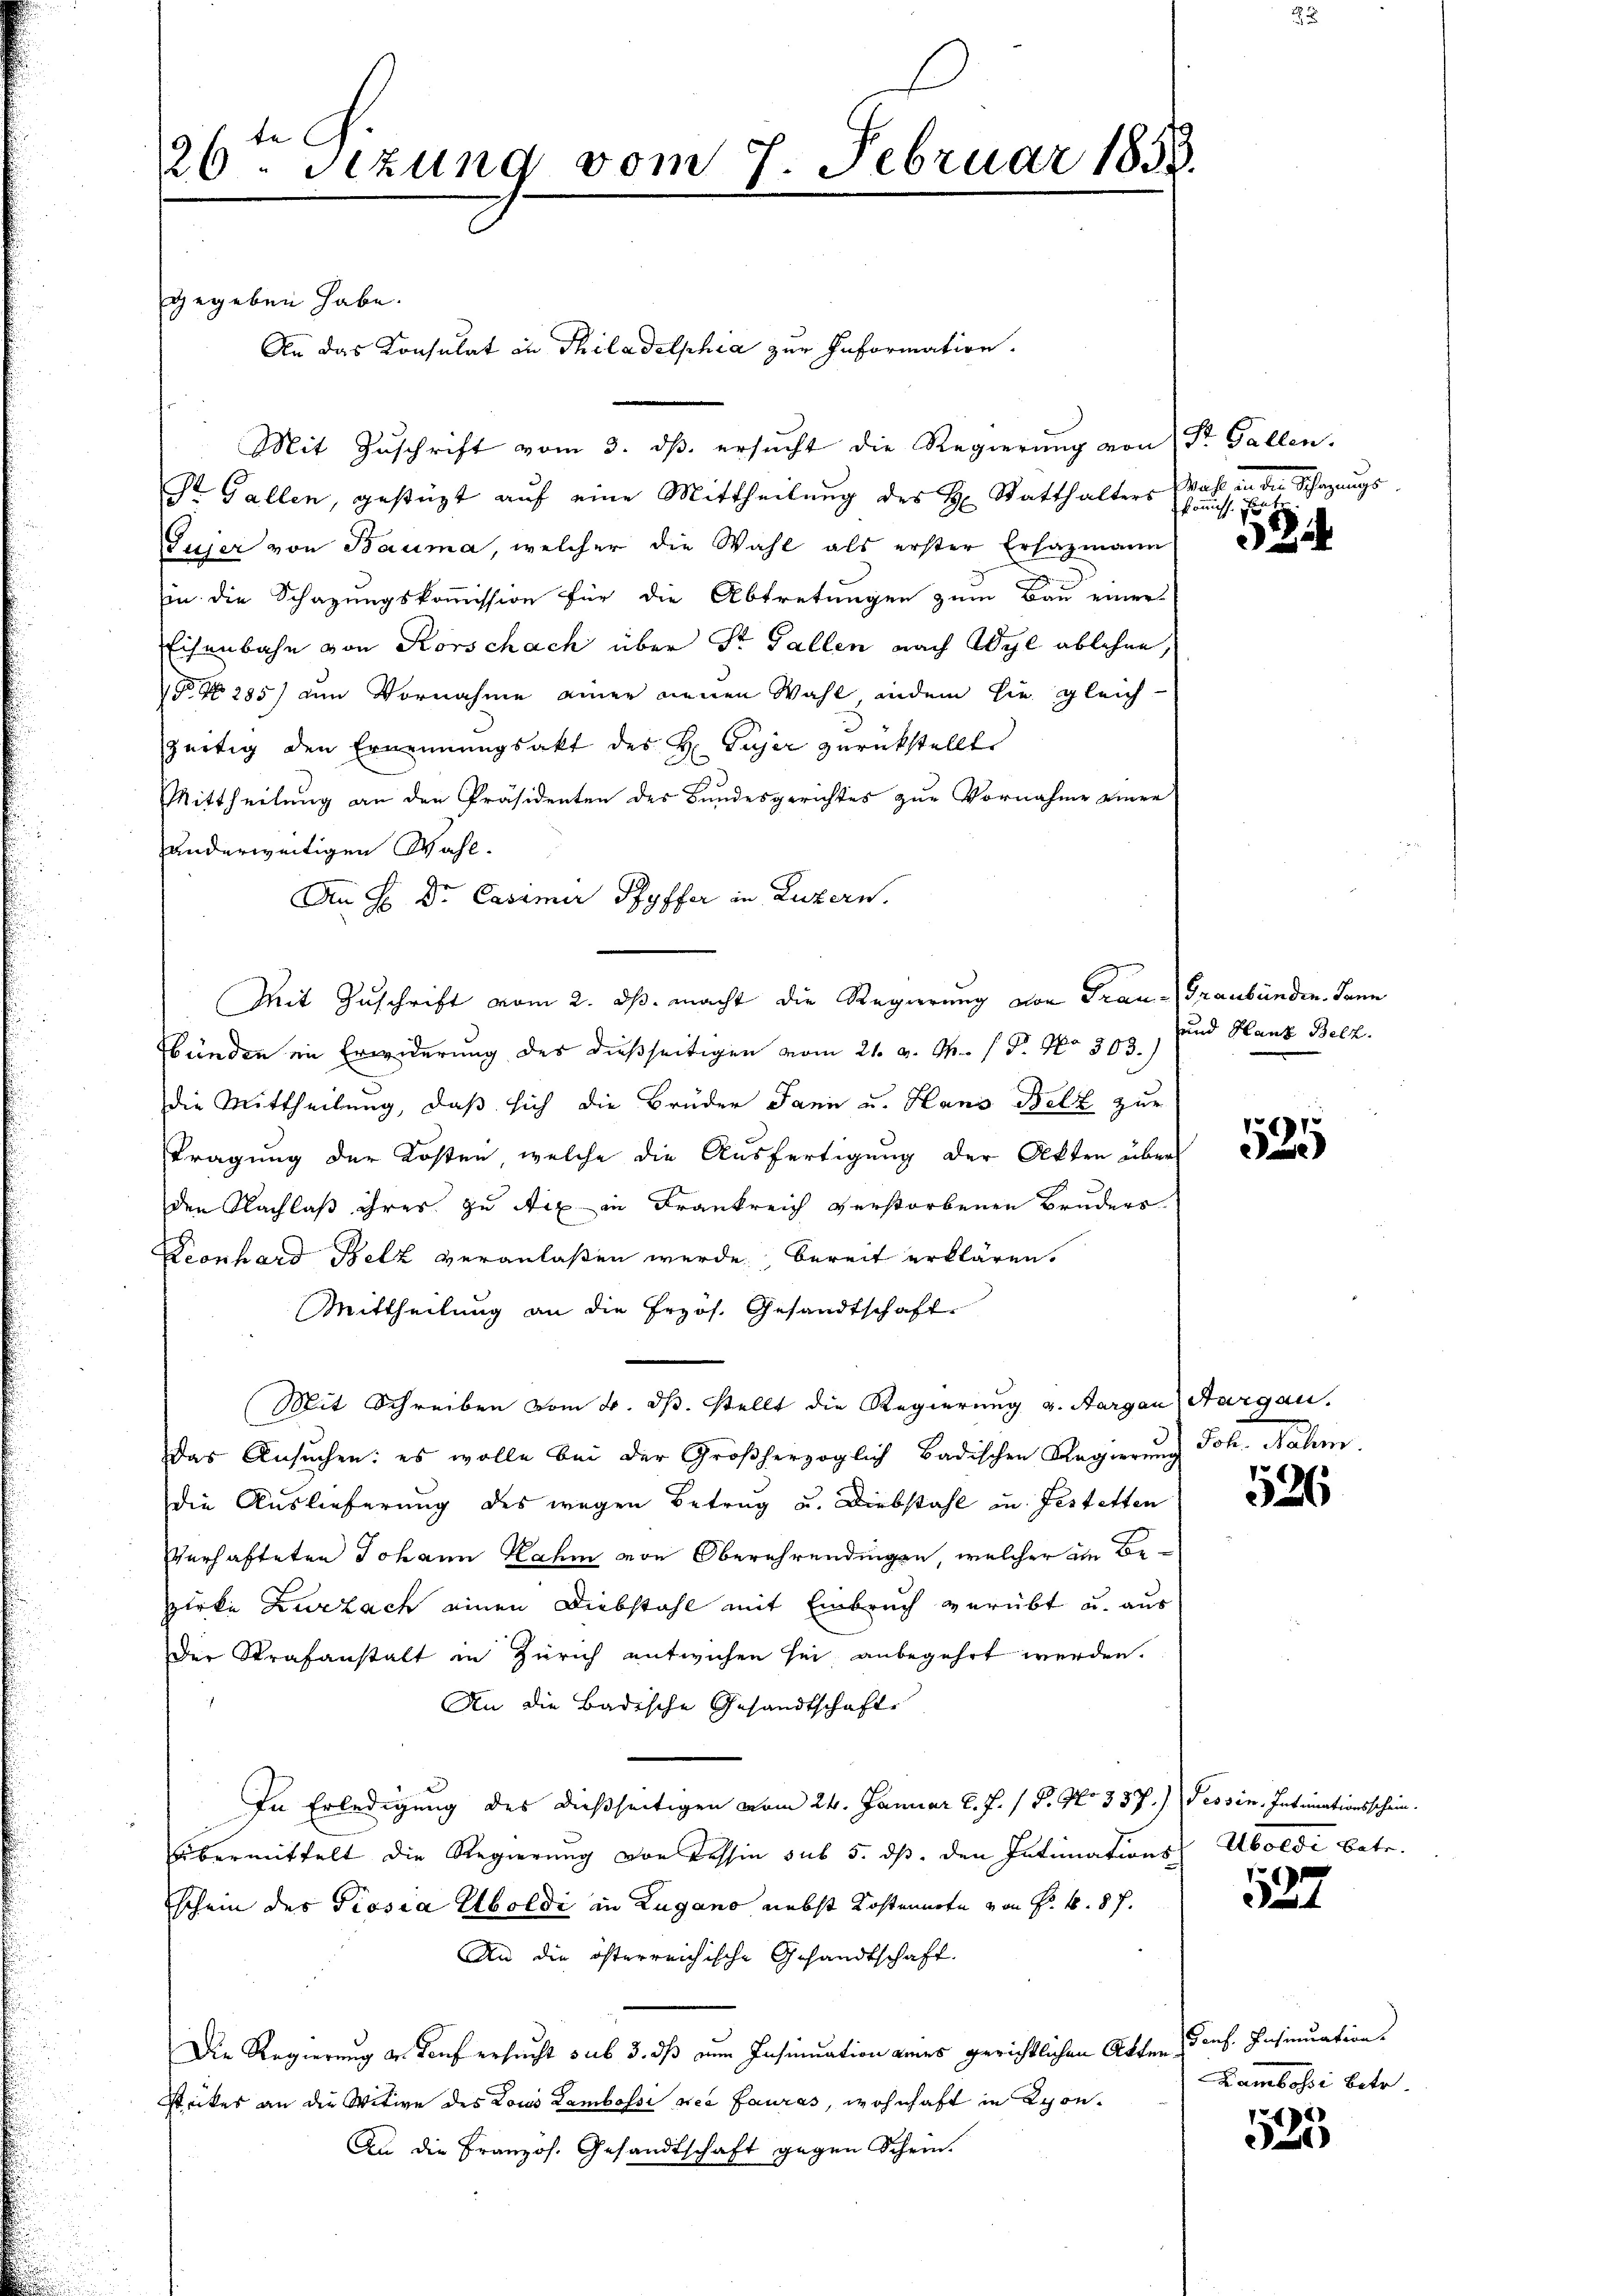
26. Sizung vom 7. Februar 1853.

gegeben habe.
Mit Zŭschrift vom 3. dβ. ersŭcht die Regierŭng von St. Gallen.
St. Gallen, gestüzt auf eine Mittheilung des H. Statthalters
Gujer von Bauma, welcher die Wahl als erster Erlazmann
in die Schazungskommission für die Abtretungen zum Bau einer
Eisenbahn von Korschach über Dr. Fallen nach Wyl ablehne,
 No 285) um Vornahme einer neuen Wahl indem sie gleich
szeitig den Ernennungsakt des H. Gujer zurückstellt.
Mittheilung an den Präsidenten des Bundesgerichtes zur Vornahme einer
anderweitigen Wahl¬
An H Dr. Casimir Ryffer in Luzern.
Mit Zuschrift vom 2. ds. macht die Regierung von Frau. Graubünden. Dann
bünden im Erwiderung des dießseitigen vom 21. v. M. P. Nr. 303.)
die Mittheilung, daß sich die Brüder Jani u. Hans Belz zur
Tragung der Kosten, welche die Ausfertigung der Akten über
den Nachlaß ihres zu Aix in Frankreich verstorbenen Bruders
Leonhard Belz veranlaßen wurde bereit erklären.
Mittheilung an die Erzös. Gesandtschaft.
(Mit Schreiben vom 4. ds. stellt die Regierung v. Aargau, Aargau,
Das Ansuchen: es wolle bei der Großherzoglich badischen Regierŭng
die Auslieferung des wegen Betrug u. Diebstahl in Festetten
Verhafteten Johann Rahm von Oberührendingen, welcher in Bezirke Zurzach einen Diebstahl mit Einbruch verübt u. aus
Der Strafanstalt in Zürich entwichen sei, anbegehrt werden.
An die Badische Gesandtschaft
In Erledigung des dießseitigen vom 24. Januar l. J. 18. No 337.) Tessin, Intimationsschein.
übermittelt die Regierung von Tessin sub 5. ds. den Intimations Aboldi betr.
schein des Piosia Eboldi in Zugano nebst Kostennote von Fr. 4. 87.
An die österreichische Gesandtschaft.
Die Regierung u. Tauf ersucht sub 3. ds zu Insinuation aines gerichtlichen Akten Cons. Insinuation.
Strikes an die Witwe des Lois Lambossi sei auras, wohnhaft in Spon¬
An die Französ. Gesandtschaft gegen Schein.

An das Konsulat in Philadelphia zur Information.

Mat Schazunge
komit eine

und Hanz Belz.

525

Sol. daten.

526

527

Kambossi betr.

525